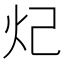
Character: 𬉺